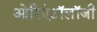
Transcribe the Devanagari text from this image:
ओरिएंटॉलॉजी